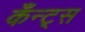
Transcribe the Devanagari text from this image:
कँन्ट्‌स